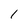
Character: 1